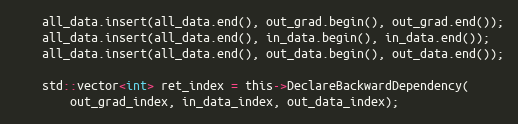
Language: C
    all_data.insert(all_data.end(), out_grad.begin(), out_grad.end());
    all_data.insert(all_data.end(), in_data.begin(), in_data.end());
    all_data.insert(all_data.end(), out_data.begin(), out_data.end());

    std::vector<int> ret_index = this->DeclareBackwardDependency(
        out_grad_index, in_data_index, out_data_index);